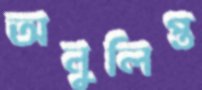
অনুলিপ্ত